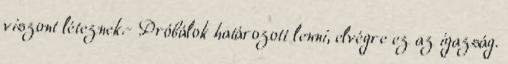
viszont léteznek.- Próbálok határozott lenni, elvégre ez az igazság.